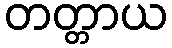
တတ္တာယ